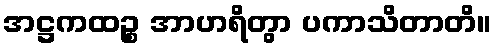
အဋ္ဌကထဉ္စ အာဟရိတွာ ပကာသိတာတိ။